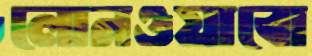
লোনওয়াবো